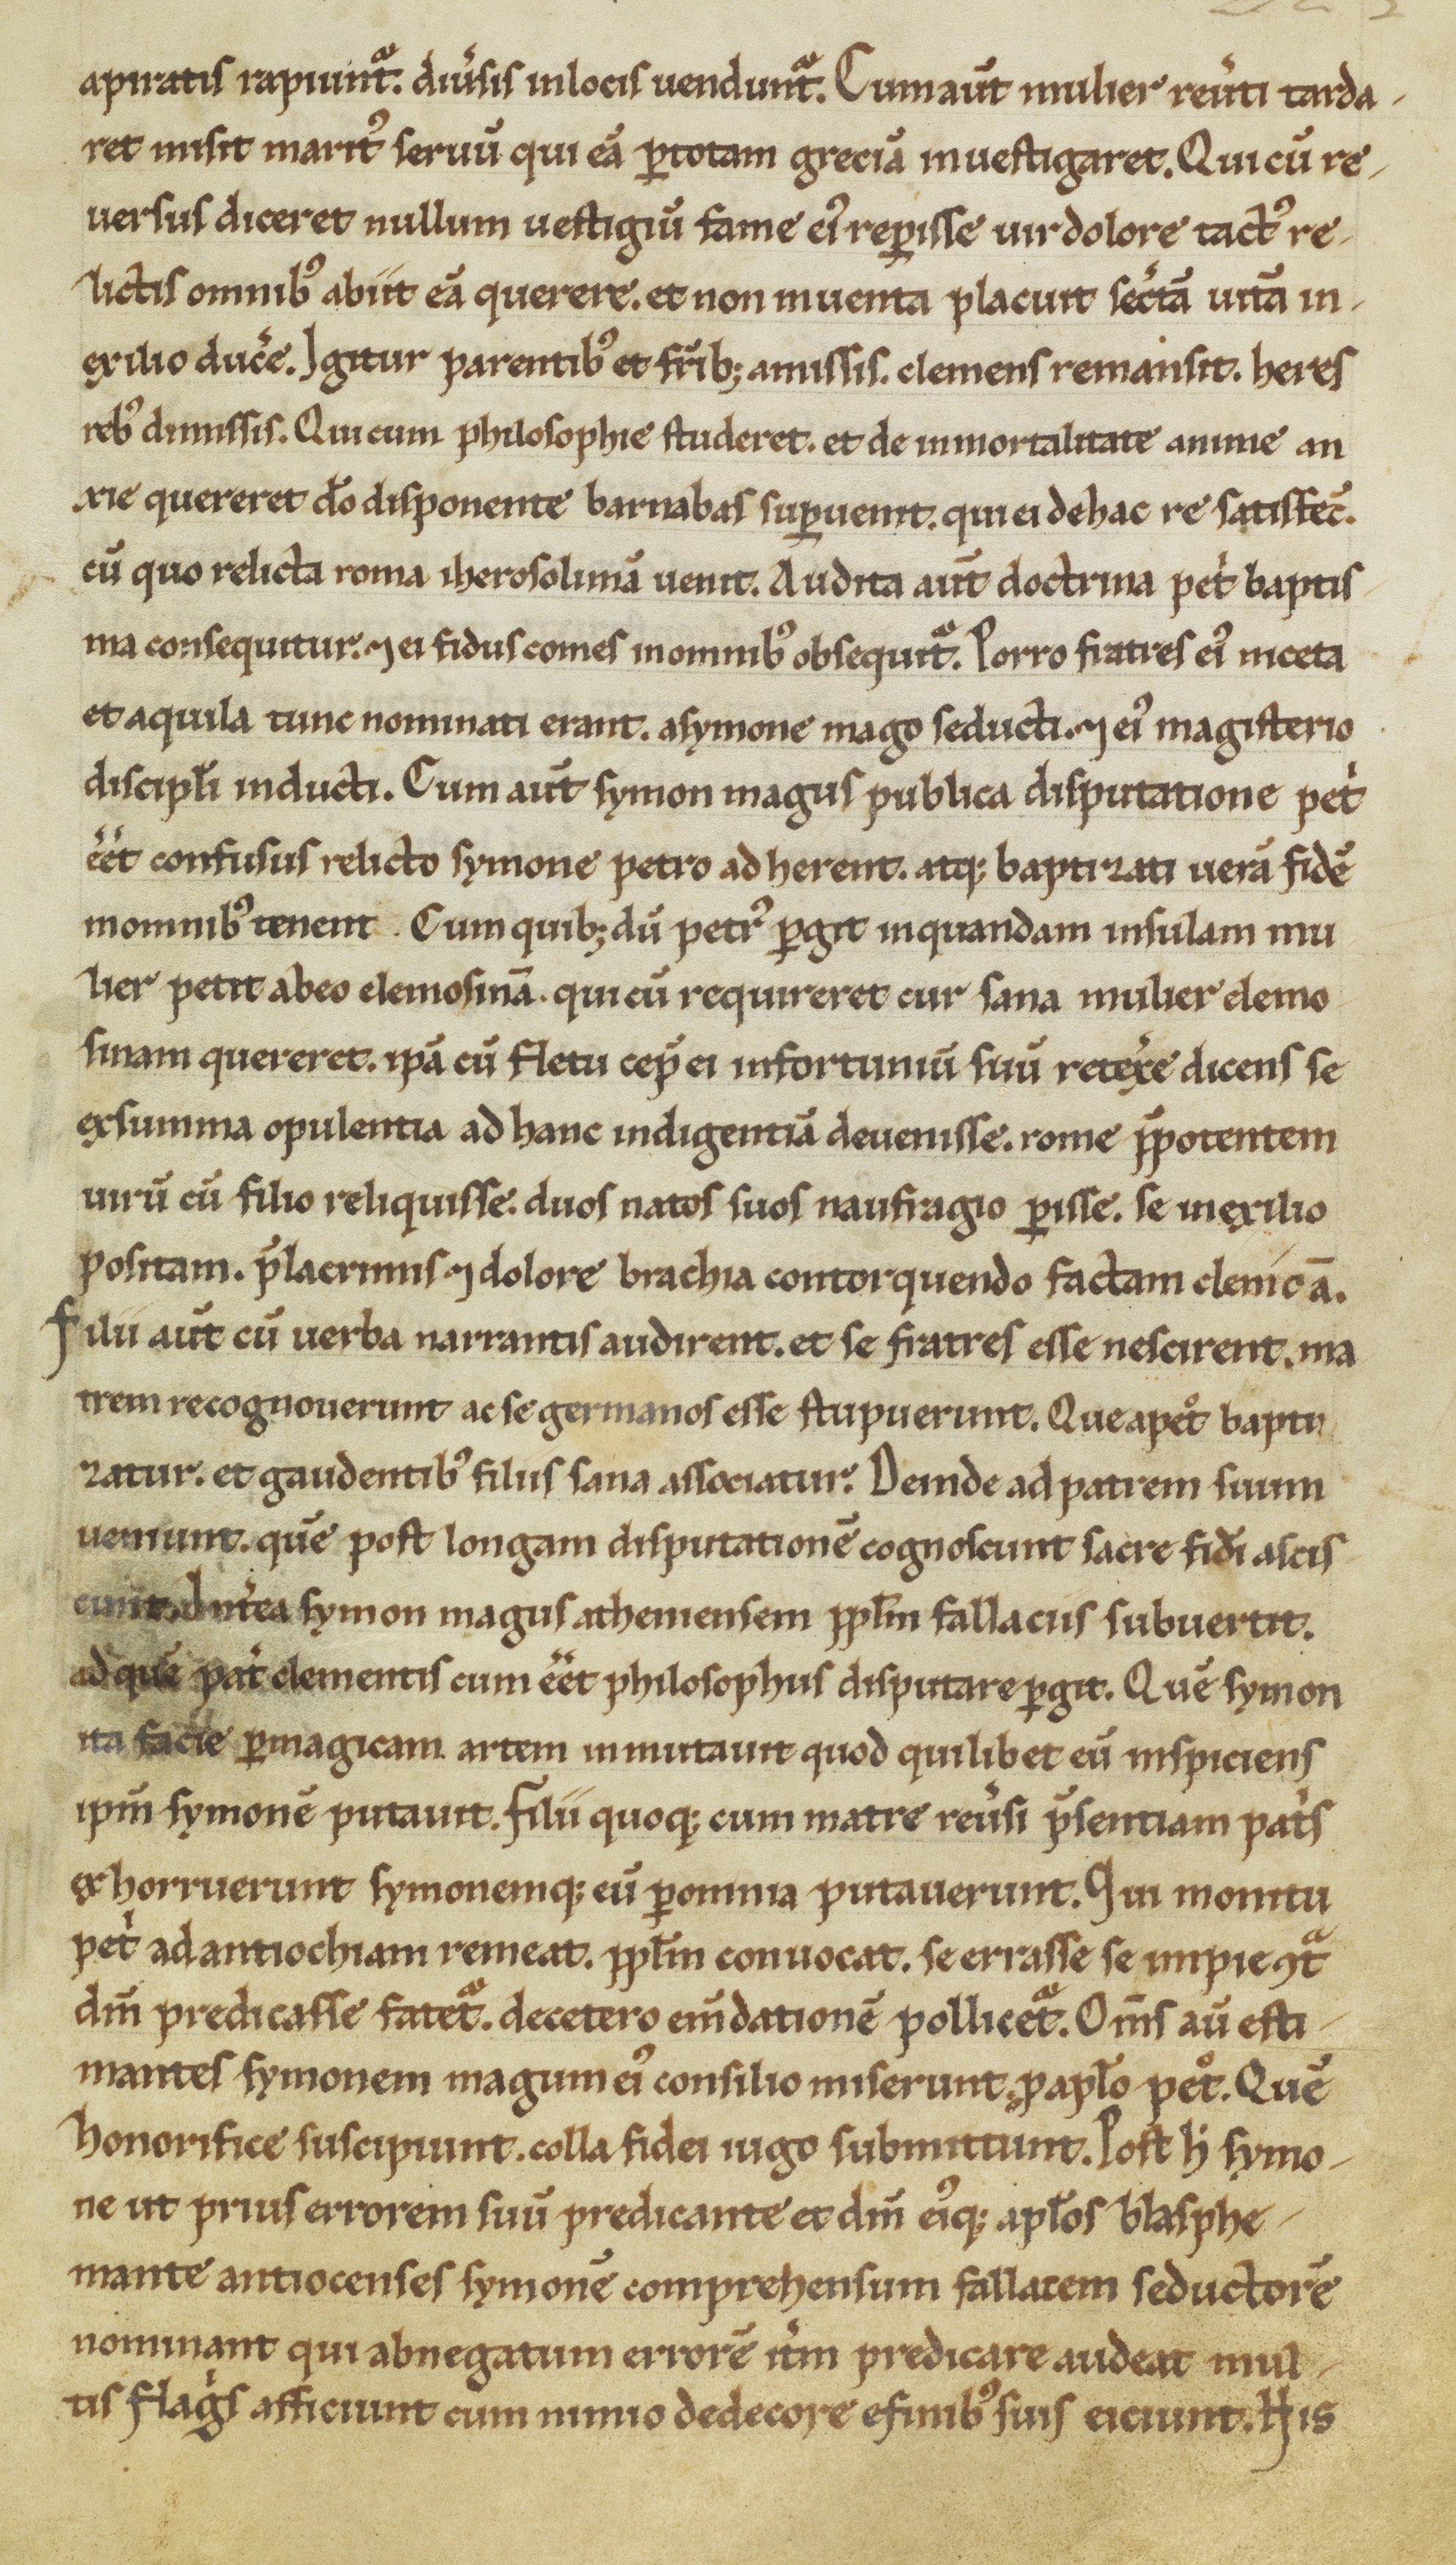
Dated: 1100–1299